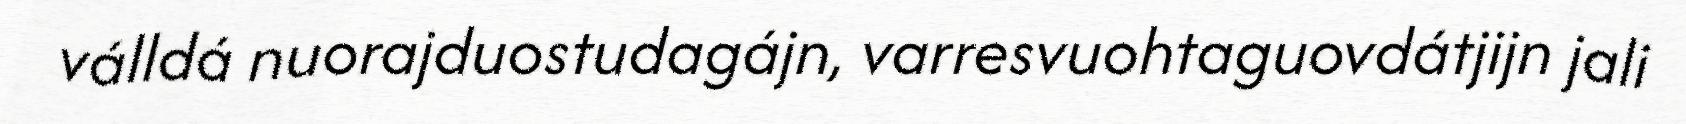
válldá nuorajduostudagájn, varresvuohtaguovdátjijn jali